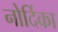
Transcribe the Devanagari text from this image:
नोर्दिका